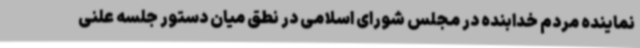
نماینده مردم خدابنده در مجلس شورای اسلامی در نطق میان دستور جلسه علنی